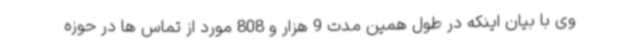
وی با بیان اینکه در طول همین مدت 9 هزار و 808 مورد از تماس ها در حوزه